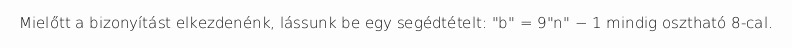
Mielőtt a bizonyítást elkezdenénk, lássunk be egy segédtételt: "b" = 9"n" − 1 mindig osztható 8-cal.